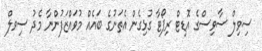
ސިވިލް ސާވިސްގެ އޮޑިޓް ރިޕޯޓާ ގުޅިގެން އެތަނުގެ ބައެއް މުވައްޒަފުންނާ މެދު ސިވލް